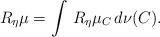
LaTeX: \begin{align*}R_\eta \mu = \int \, R_\eta \mu_C \, d\nu(C).\end{align*}